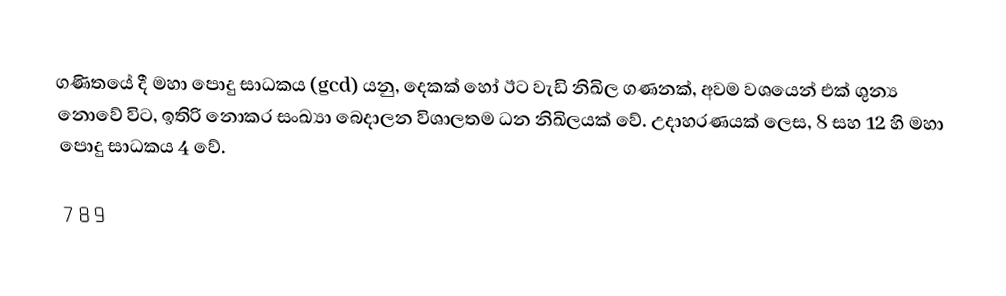
ගණිතයේ දී මහා පොදු සාධකය (gcd) යනු, දෙකක් හෝ ඊට වැඩි නිඛිල ගණනක්, අවම වශයෙන් එක් ශුන්‍ය නොවේ විට, ඉතිරි නොකර සංඛ්‍යා බෙදාලන විශාලතම ධන නිඛිලයක් වේ. උදාහරණයක් ලෙස, 8 සහ 12 හි මහා පොදු සාධකය 4 වේ.

7  8  9